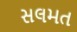
સલમત